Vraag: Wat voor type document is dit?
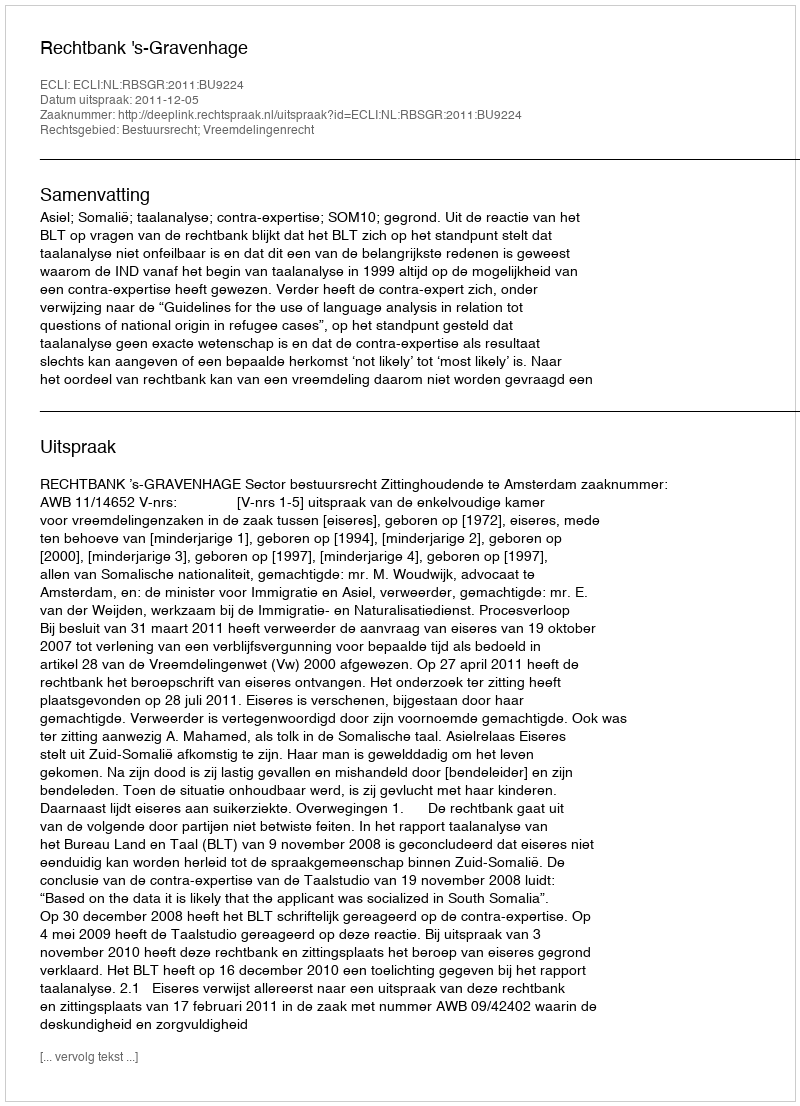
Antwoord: Uitspraak